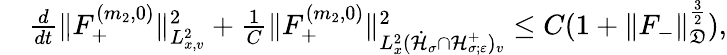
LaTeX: \begin{array}{rl}&{\frac{d}{dt}\| F_{+}^{(m_{2},0)}\| _{L_{x,v}^{2}}^{2}+\frac{1}{C}\| F_{+}^{(m_{2},0)}\| _{L_{x}^{2}(\dot{\mathcal H}_{\sigma}\cap\mathcal H_{\sigma;\varepsilon}^{+})_{v}}^{2}\leq C(1+\| F_{-}\| _{\mathfrak D}^{\frac{3}{2}}),}\end{array}